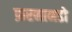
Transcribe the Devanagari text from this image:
फ़रनानडो